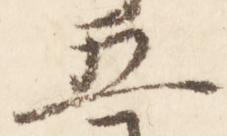
五